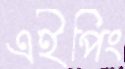
এইপিং